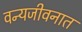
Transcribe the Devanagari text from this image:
वन्यजीवनात